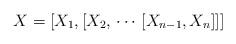
LaTeX: \begin{align*}X=\left[X_1,\left[X_2,\,\cdots\, \left[X_{n-1},X_{n}\right]\right]\right]\end{align*}